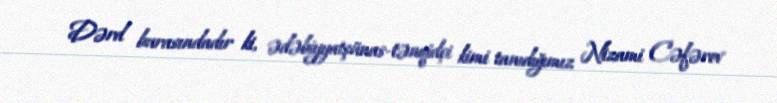
Dərd burasındadır ki, ədəbiyyatşünas-tənqidçi kimi tanıdığımız Nizami Cəfərov